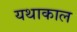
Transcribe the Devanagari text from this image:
यथाकाल